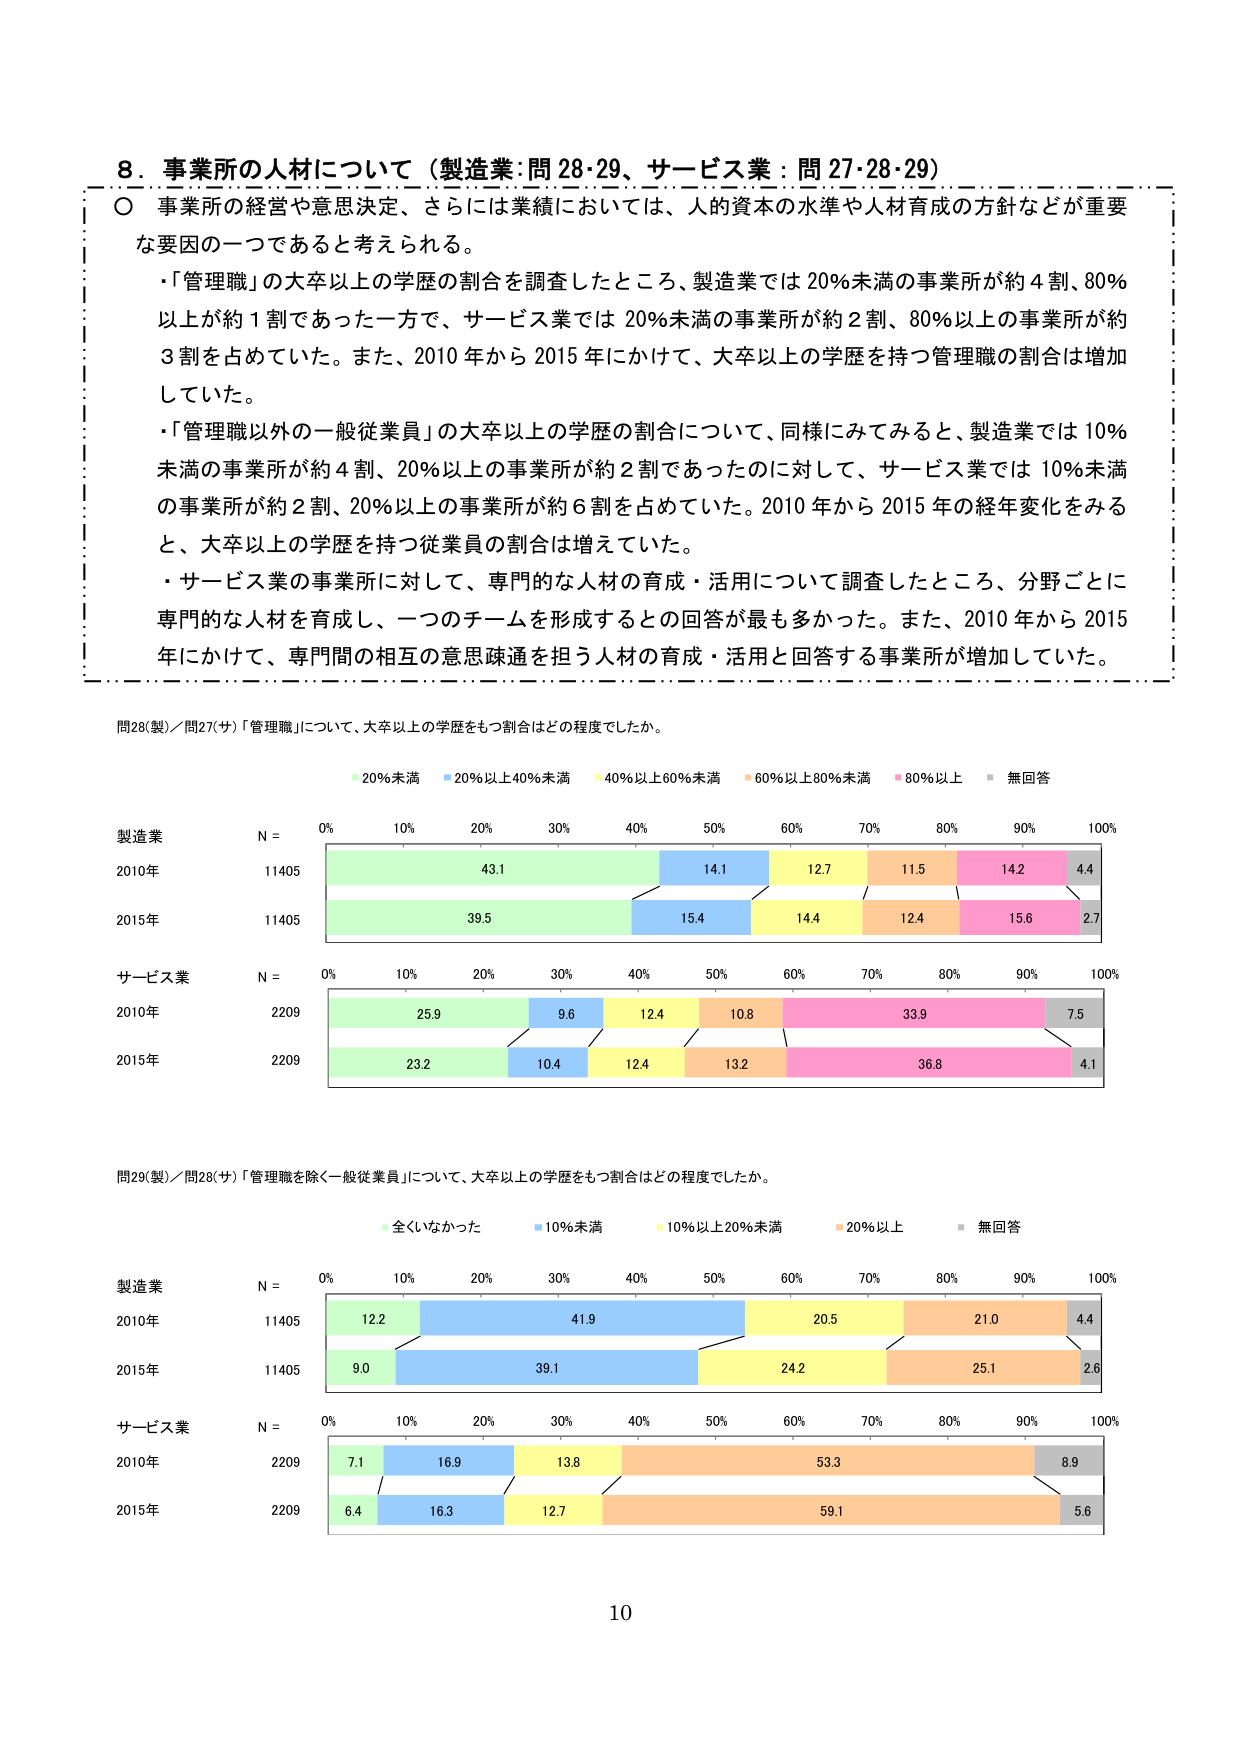
8. 事業所の人材について（製造業:問28・29、サービス業：問27・28・29）
○ 事業所の経営や意思決定、さらには業績においては、人的資本の水準や人材育成の方針などが重要な要因の一つであると考えられる。
・「管理職」の大卒以上の学歴の割合を調査したところ、製造業では20％未満の事業所が約4割、80％以上が約1割であった一方で、サービス業では20％未満の事業所が約2割、80％以上の事業所が約3割を占めていた。また、2010年から2015年にかけて、大卒以上の学歴を持つ管理職の割合は増加していた。
・「管理職以外の一般従業員」の大卒以上の学歴の割合について、同様にみてみると、製造業では10％未満の事業所が約4割、20％以上の事業所が約2割であったのに対して、サービス業では10％未満の事業所が約2割、20％以上の事業所が約6割を占めていた。2010年から2015年の経年変化をみると、大卒以上の学歴を持つ従業員の割合は増えていた。
・サービス業の事業所に対して、専門的な人材の育成・活用について調査したところ、分野ごとに専門的な人材を育成し、一つのチームを形成するとの回答が最も多かった。また、2010年から2015年にかけて、専門間の相互の意思疎通を担う人材の育成・活用と回答する事業所が増加していた。

問28(製)/問27(サ)「管理職」について、大卒以上の学歴をもつ割合はどの程度でしたか。
20％未満 20％以上40％未満 40％以上60％未満 60％以上80％未満 80％以上 無回答
製造業 N = 0% 10% 20% 30% 40% 50% 60% 70% 80% 90% 100%
2010年 11405 43.1 14.1 12.7 11.5 14.2 4.4
2015年 11405 39.5 15.4 14.4 12.4 15.6 2.7
サービス業 N = 0% 10% 20% 30% 40% 50% 60% 70% 80% 90% 100%
2010年 2209 25.9 9.6 12.4 10.8 33.9 7.5
2015年 2209 23.2 10.4 12.4 13.2 36.8 4.1

問29(製)/問28(サ)「管理職を除く一般従業員」について、大卒以上の学歴をもつ割合はどの程度でしたか。
全くいなかった 10％未満 10％以上20％未満 20％以上 無回答
製造業 N = 0% 10% 20% 30% 40% 50% 60% 70% 80% 90% 100%
2010年 11405 12.2 41.9 20.5 21.0 4.4
2015年 11405 9.0 39.1 24.2 25.1 2.6
サービス業 N = 0% 10% 20% 30% 40% 50% 60% 70% 80% 90% 100%
2010年 2209 7.1 16.9 13.8 53.3 8.9
2015年 2209 6.4 16.3 12.7 59.1 5.6

10